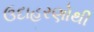
ઉદાહરણોથી